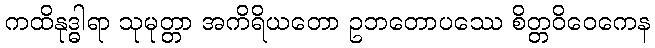
ကထိနုဒ္ဓါရာ သုမုတ္တာ အကိရိယတော ဥဘတောပဿေ စိတ္တဝိဝေကေန